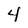
Character: 4